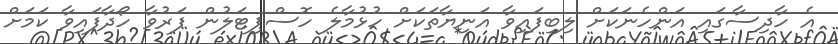
އެ ހާދިސާގައި އަންހެނަކަށް ލިބިފައިވާ އަނިޔާތަކަށް ހުޅުމާލެ ހޮސްޕިޓަލުން ފަރުވާ ހޯދާފައިވާ ކަމަށް